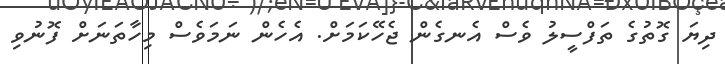
ދިޔަ ގޮތުގެ ތަފްސީލު ވެސް އެނގެން ޖެހޭކަމަށް. އެހެން ނަމަވެސް މިހާތަނަށް ފޮނުވި